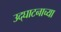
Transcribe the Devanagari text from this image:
उद्घाटनाच्या